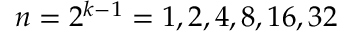
n = 2 ^ { k - 1 } = 1 , 2 , 4 , 8 , 1 6 , 3 2